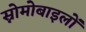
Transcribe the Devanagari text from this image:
स्नोमोबाइलों